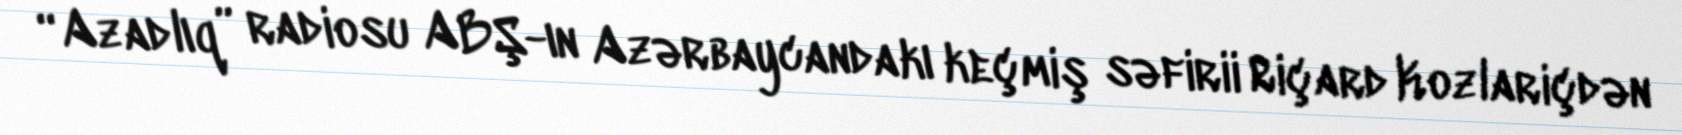
“Azadlıq” radiosu ABŞ-ın Azərbaycandakı keçmiş səfirii Riçard Kozlariçdən